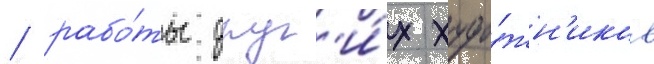
/ рабо́ты друг'и́х худо́жн'иков